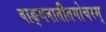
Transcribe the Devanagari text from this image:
वाङ्मनातीतगोचरम्